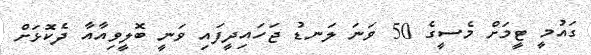
ގައުމީ ޓީމަށް މެސީގެ 50 ވަނަ ލަނޑު ޖަހައިދީފައި ވަނީ ބޮލީވިއާއާ ދެކޮޅަށް